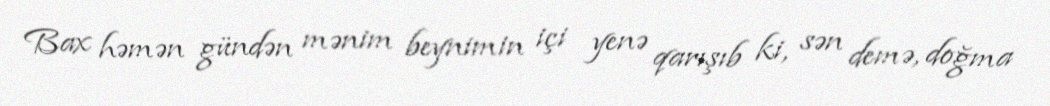
Bax həmən gündən mənim beynimin içi yenə qarışıb ki, sən demə, doğma